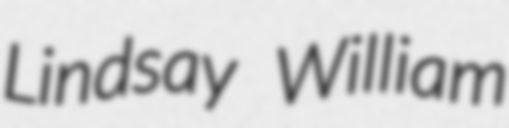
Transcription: Lindsay William